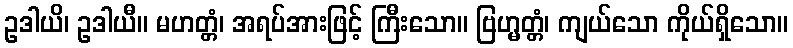
ဥဒါယိ၊ ဥဒါယီ။ မဟတ္တံ၊ အရပ်အားဖြင့် ကြီးသော။ ဗြဟ္မတ္တံ၊ ကျယ်သော ကိုယ်ရှိသော။